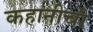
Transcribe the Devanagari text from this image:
कहानीची